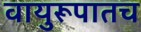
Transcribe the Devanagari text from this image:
वायुरूपातच